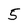
Character: 5